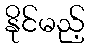
နိုင်မည့်